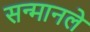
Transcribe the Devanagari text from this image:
सन्मानले